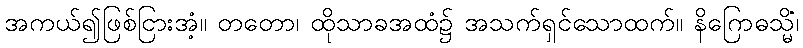
အကယ်၍ဖြစ်ငြားအံ့။ တတော၊ ထိုသာခအထံ၌ အသက်ရှင်သောထက်။ နိဂြောဓသ္မိံ၊